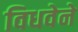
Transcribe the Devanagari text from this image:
विधवेने